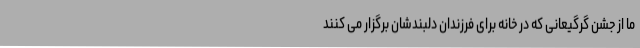
ما از جشن گرگیعانی که در خانه برای فرزندان دلبندشان برگزار می کنند